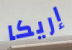
إريكا